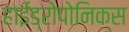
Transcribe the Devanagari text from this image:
हाईड्रोपोनिक्स